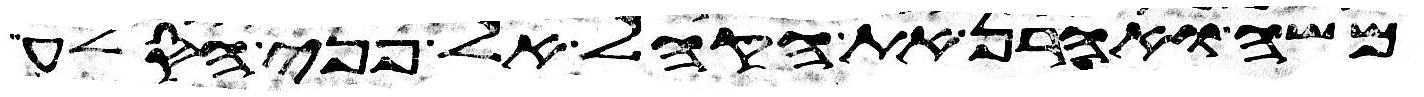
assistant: משה ואהרן את הקהל אל פני הסלע